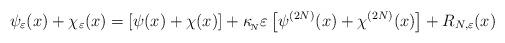
LaTeX: \begin{align*}\psi_{\varepsilon}(x)+\chi_{\varepsilon}(x)=[\psi(x)+\chi(x)]+\kappa_{_{\!N}}\varepsilon\,\big[\psi^{(2N)}(x)+\chi^{(2N)}(x)\big]+R_{N,\varepsilon}(x)\end{align*}